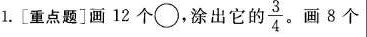
1. [重点题]画12个\circ，涂出它的 \frac{3}{4}。画8个